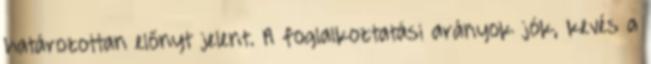
határozottan előnyt jelent. A foglalkoztatási arányok jók, kevés a